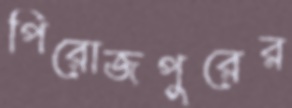
পিরোজপুরের